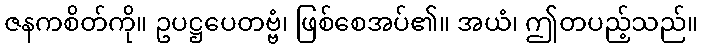
ဇနကစိတ်ကို။ ဥပဋ္ဌပေတဗ္ဗံ၊ ဖြစ်စေအပ်၏။ အယံ၊ ဤတပည့်သည်။